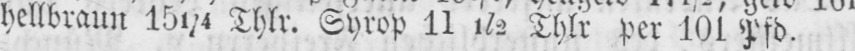
hellbraun 151/4 Thlr. Syrop 11½ Thlr per 101 Pfd.